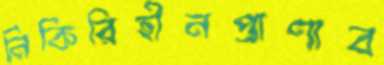
নিকিরিহীনপ্রাণাব